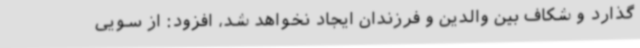
‌گذارد و شکاف بین والدین و فرزندان ایجاد نخواهد شد، افزود: از سویی